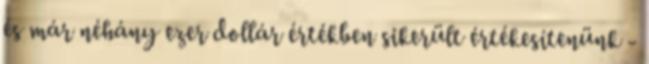
és már néhány ezer dollár értékben sikerült értékesítenünk -